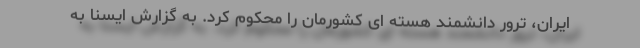
ایران، ترور دانشمند هسته ای کشورمان را محکوم کرد. به گزارش ایسنا به